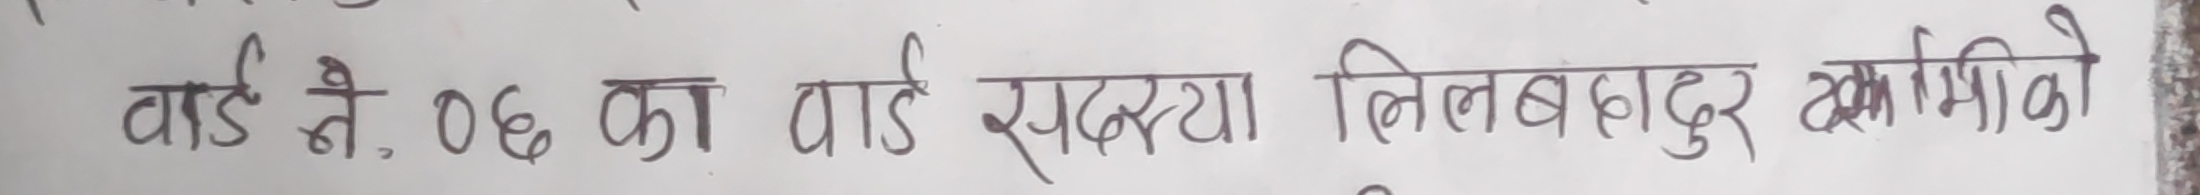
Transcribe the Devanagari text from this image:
वार्ड नं. ०६ का वार्ड सदस्य निल बहादुर ढकालमीको